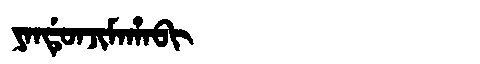
Manchu: ᠶᠠᠨᡩᡠᠨᠵᡳᠮᠠᡥᠠᠪᡳ
Romanization: YANDUNJIMAHABI